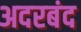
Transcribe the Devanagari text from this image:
अदरबंद